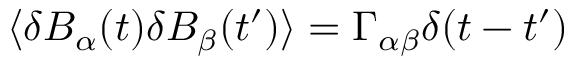
\langle \delta B _ { \alpha } ( t ) \delta B _ { \beta } ( t ^ { \prime } ) \rangle = \Gamma _ { \alpha \beta } \delta ( t - t ^ { \prime } )